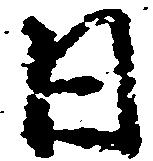
日